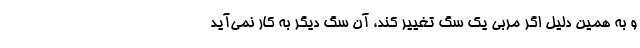
و به همین دلیل اگر مربی یک سگ تغییر کند، آن سگ دیگر به کار نمی‌آید